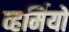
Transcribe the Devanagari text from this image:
व्हर्मियों